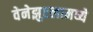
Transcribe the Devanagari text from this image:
वेनेझुएलामध्ये